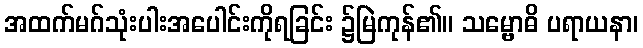
အထက်မဂ်သုံးပါးအပေါင်းကိုရခြင်း ၌မြဲကုန်၏။ သမ္ဗောဓိ ပရာယနာ၊